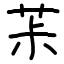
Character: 茮